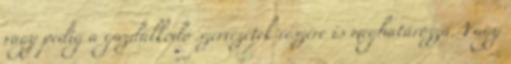
vagy pedig a gazdálkodó szervezetek részére is meghatározza. Vagy